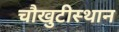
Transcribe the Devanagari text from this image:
चौखुटीस्थान